Scottish Leaving Certificate Examination, 1959
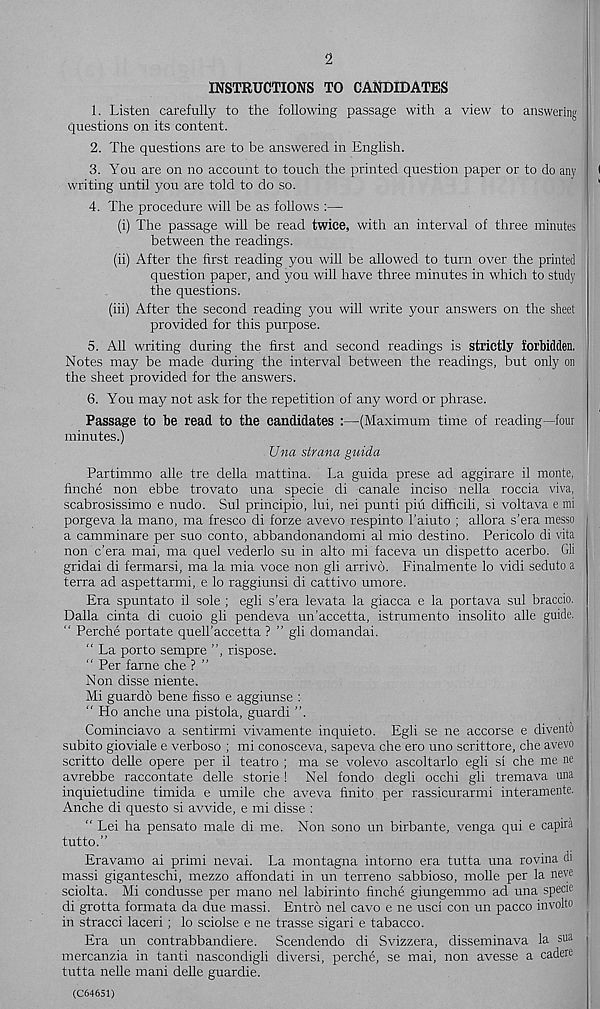
2
INSTRUCTIONS TO CANDIDATES
1. Listen carefully to the following passage with a view to answering
questions on its content.
2. The questions are to be answered in English.
3. You are on no account to touch the printed question paper or to do any
writing until you are told to do so.
4. The procedure will be as follows :—
(i) The passage will be read twice, with an interval of three minutes
between the readings.
(ii) After the first reading you will be allowed to turn over the printed
question paper, and you will have three minutes in which to study
the questions.
(iii) After the second reading you will write your answers on the sheet
provided for this purpose.
5. All writing during the first and second readings is strictly forbidden.
Notes may be made during the interval between the readings, but only on
the sheet provided for the answers.
6. You may not ask for the repetition of any word or phrase.
Passage to be read to the candidates :—(Maximum time of reading—four
minutes.)
Una strana guida
Partimmo alle tre della mattina. La guida prese ad aggirare il monte,
finche non ebbe trovato una specie di canale inciso nella roccia viva,
scabrosissimo e nudo. Sul principio, lui, nei punti piu difficili, si voltava e mi
porgeva la mano, ma fresco di forze avevo respinto 1’aiuto ; allora s’era messo
a camminare per suo conto, abbandonandomi al mio destine. Pericolo di vita
non e’era mai, ma quel vederlo su in alto mi faceva un dispetto acerbo. Gli
gridai di fermarsi, ma la mia voce non gli arrivo. Finalmente lo vidi seduto a
terra ad aspettarmi, e lo raggiunsi di cattivo umore.
Era spuntato il sole ; egli s’era levata la giacca e la portava sul braccio.
Dalla cinta di cuoio gli pendeva un’accetta, istrumento insolito alle guide.
“ Perche portate quell’accetta ? ” gli domandai.
“ La porto sempre ”, rispose.
“ Per fame che ? ”
Non disse niente.
Mi guardo bene fisso e aggiunse :
“ Ho anche una pistola, guardi ”.
Cominciavo a sentirmi vivamente inquieto. Egli se ne accorse e divento
subito gioviale e verboso ; mi conosceva, sapeva che ero uno scrittore, che avevo
scritto delle opere per il teatro ; ma se volevo ascoltarlo egli si che me ne
avrebbe raccontate delle storie! Nel fondo degli occhi gli tremava una
inquietudine timida e umile che aveva finite per rassicurarmi interamente.
Anche di questo si avvide, e mi disse :
“ Lei ha pensato male di me. Non sono un birbante, venga qui e capira
tutto.”
Eravamo ai primi nevai. La montagna intorno era tutta una rovina di
massi giganteschi, mezzo affondati in un terreno sabbioso, molle per la neve
sciolta. Mi condusse per mano nel labirinto finche giungemmo ad una specie
di grotta formata da due massi. Entro nel cavo e ne usd con un pacco involto
in stracci laceri; lo sciolse e ne trasse sigari e tabacco.
Era un contrabbandiere. Scendendo di Svizzera, disseminava la sua
mercanzia in tanti nascondigli diversi, perche, se mai, non avesse a cadeie
tutta nelle mani delle guardie.
(C64651)